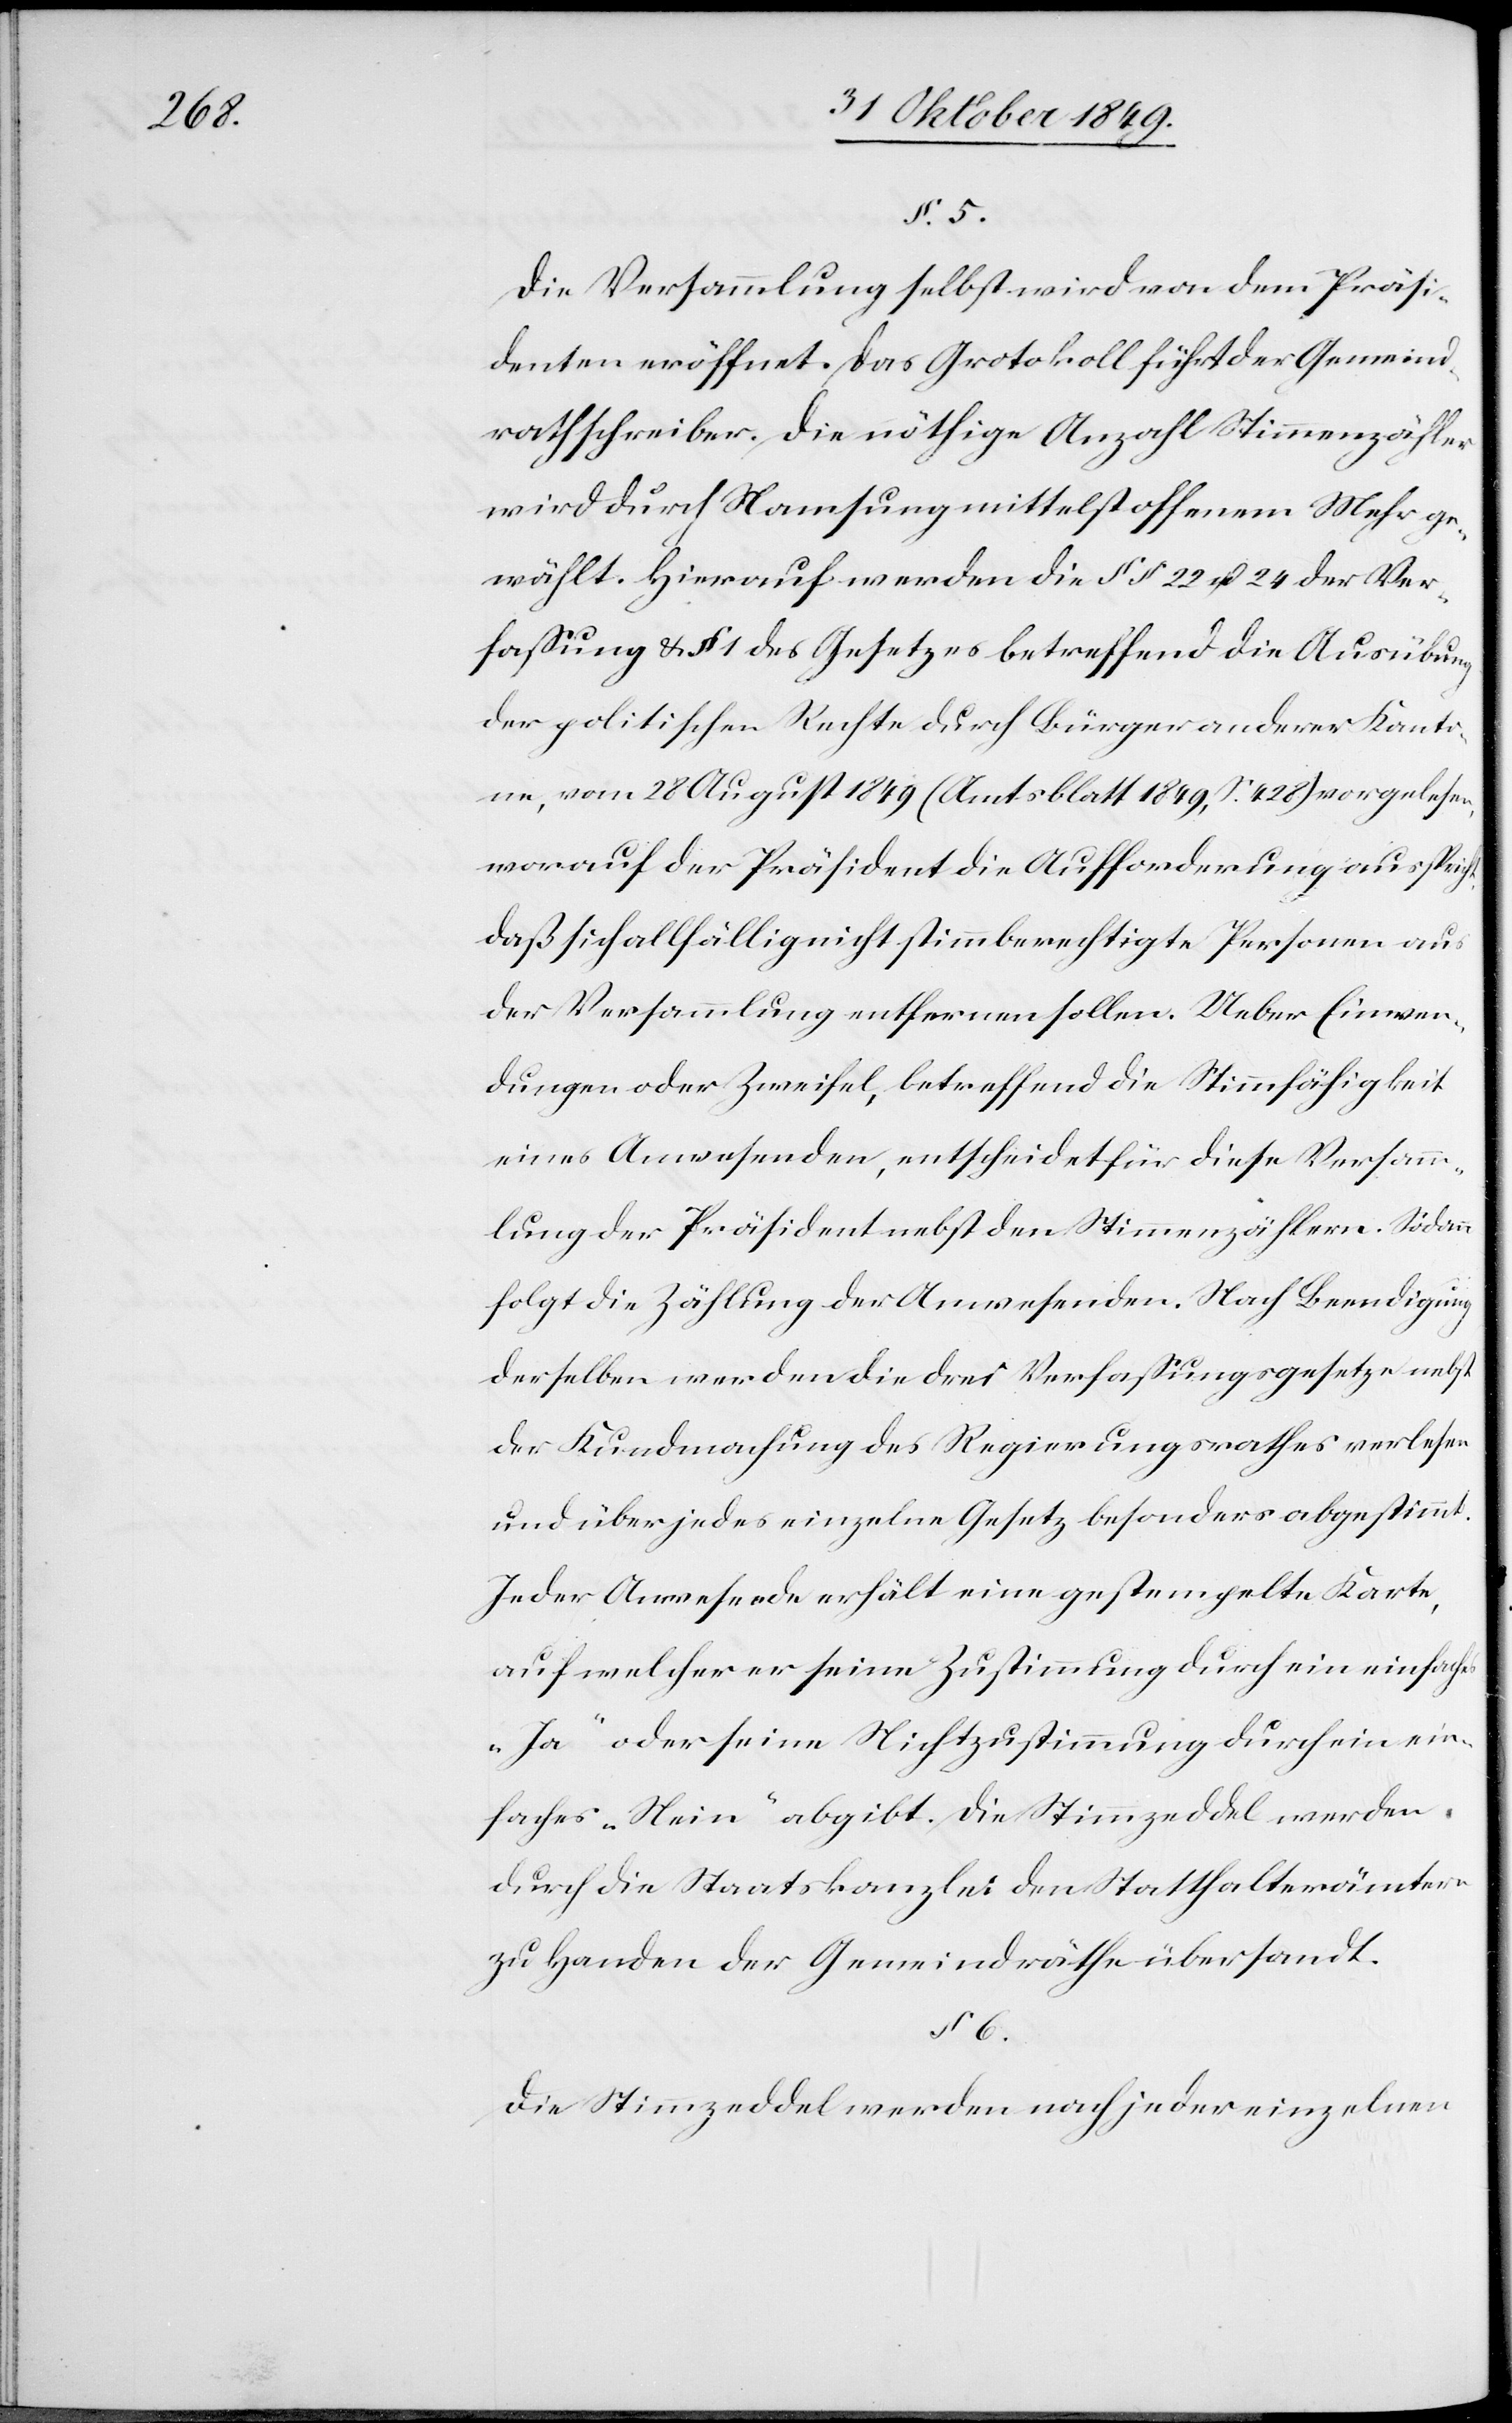
§ 5.

Die Versammlung selbst wird von dem Präsi¬
denten eröffnet. Das Protokoll führt der Gemeind¬
rathschreiber. Die nöthige Anzahl Stimmzähler
wird durch Namsung mittelst offenem Mehr ge¬
wählt. Hierauf werden die §§ 22 u. 24 der Ver¬
faßung u. § 1 des Gesetzes betreffend Ausübung
der politischen Rechte durch Bürger anderer Kanto¬
ne, vom 28 August 1849 (Amtsblatt 1849, S.428) vorgelesen,
worauf der Präsident die Aufforderung ausspricht,
daß sich allfällig nicht stimmberechtigte Personen aus
der Versammlung entfernen sollen. Ueber Einwen¬
dungen oder Zweifel, betreffend die Stimmfähigkeit
eines Anwesenden, entscheidet für diese Versamm¬
lung der Präsident nebst den Stimmzählern. Sodann
folgt die Zählung der Anwesenden. Nach Beendigung
derselben werden die drei Verfaßungsgesetze nebst
der Kundmachung des Regierungsrathes verlesen
und über jedes einzelne Gesetz besonders abgestimmt.
Jeder Anwesende erhält eine gestempelte Karte,
auf welcher er seine Zustimmung durch ein einfaches
„Ja“ oder seine Nichtzustimmung durch ein ein¬
faches „Nein“ abgibt. Die Stimmzeddel werden
durch die Staatskanzlei den Statthalterämtern
zu Handen der Gemeindräthe übersandt.
Die Stimmzeddel werden nach jeder einzelnen